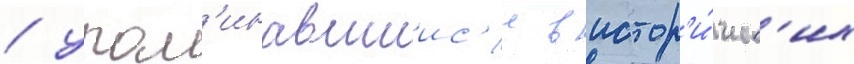
/ упом'инавшиис'я в истор'и́ческ'их